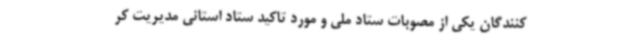
کنندگان یکی از مصوبات ستاد ملی و مورد تاکید ستاد استانی مدیریت کر